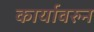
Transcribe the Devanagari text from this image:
कार्यावरुन